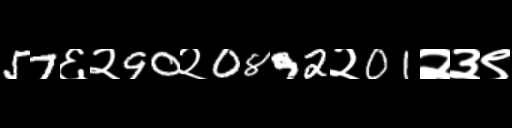
Text: 57६२90२0892२01२३९